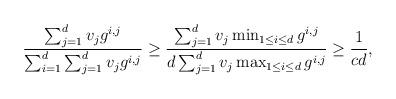
LaTeX: \begin{align*}\frac{ \sum_{j=1}^d v_j g^{i,j} }{ \sum_{i=1}^d \sum_{j=1}^d v_j g^{i,j} }\geq \frac{ \sum_{j=1}^d v_j \min_{1 \leq i \leq d} g^{i,j} }{ d \sum_{j=1}^d v_j \max_{1 \leq i \leq d} g^{i,j} }\geq \frac{1}{cd}, \end{align*}